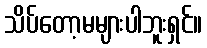
သိပ်တော့မများပါဘူးရှင်။